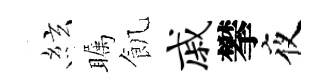
絃瞩飢戚攀夜